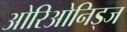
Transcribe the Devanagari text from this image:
ओरिओनिड्ज